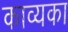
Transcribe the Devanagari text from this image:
काव्यका